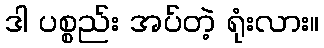
ဒါ ပစ္စည်း အပ်တဲ့ ရုံးလား။